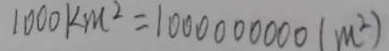
1 0 0 0 k m ^ { 2 } = 1 0 0 0 0 0 0 0 0 0 ( m ^ { 2 } )